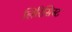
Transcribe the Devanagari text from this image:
लिरिसिस्ट